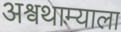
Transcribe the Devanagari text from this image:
अश्वथाम्याला